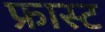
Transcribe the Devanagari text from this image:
फ्रास्ट